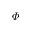
\varPhi